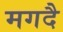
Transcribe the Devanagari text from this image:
मगदै